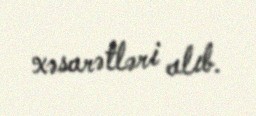
xəsarətləri alıb.